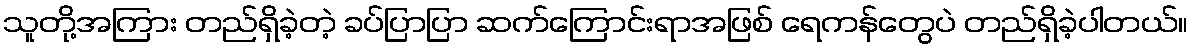
သူတို့အကြား တည်ရှိခဲ့တဲ့ ခပ်ပြာပြာ ဆက်ကြောင်းရာအဖြစ် ရေကန်တွေပဲ တည်ရှိခဲ့ပါတယ်။